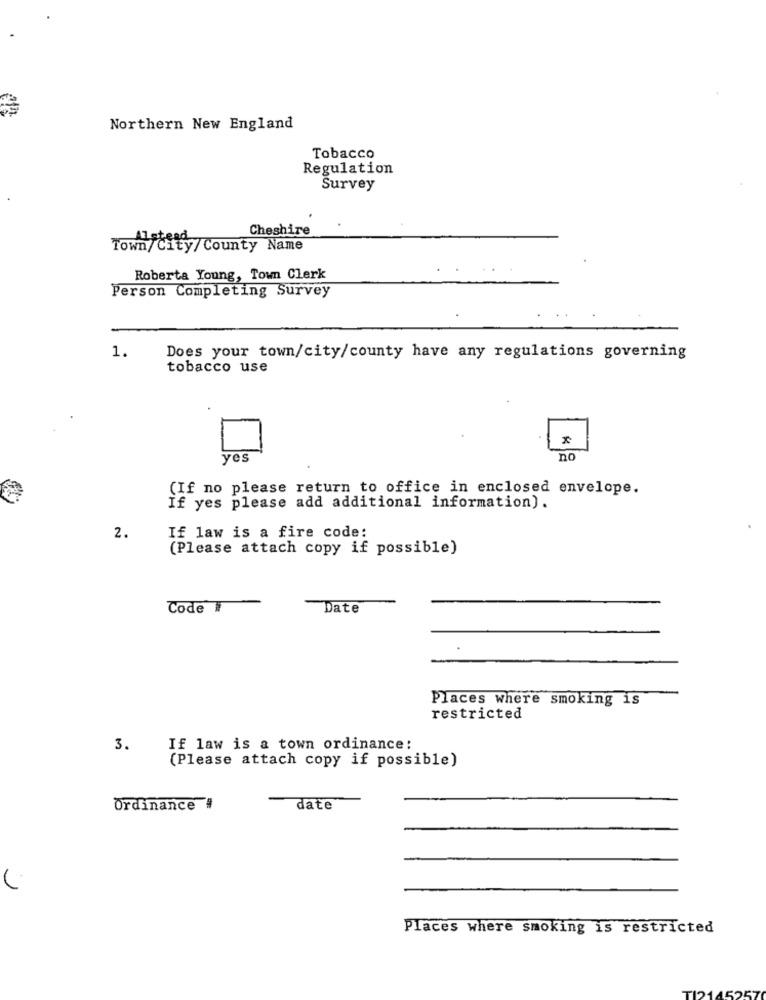
Northern New England
Tobacco
Regulation
Survey
Cheshire
rm/city/County Name
Roberta Young, Town Clerk
Person Completing Survey
1.
Does your town/city/county have any regulations governing
tobacco use
yes
no
(If no please return to office in enclosed envelope.
If yes please add additional information).
2.
If law is a fire code:
(Please attach copy if possible)
Code #
Date
Places Where smoking is
restricted
3.
If law is a town ordinance:
(Please attach copy if possible)
Ordinance #
date
Places where smoking is restricted